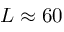
L \approx 6 0